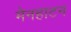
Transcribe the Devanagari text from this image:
मेनहाटन